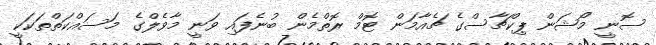
ސޮނީ މޯޝަން ޕިކްޗާސްގެ ޗެއާމަން ޓޮމް ރޮތްމެން ބުނެފައި ވަނީ މާވެލްގެ މަސައްކަތްތަކަކީ